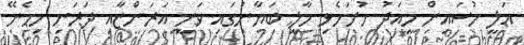
އަލީ ހުސައިން މިއަދު ހުށަހެޅި މާލީ ބަޔާނުގައި ވަނީ އަރަންޏާއި ދަރަނި ހިމެނޭ